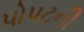
પોપટની